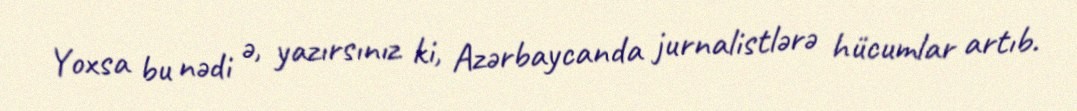
Yoxsa bu nədi ə, yazırsınız ki, Azərbaycanda jurnalistlərə hücumlar artıb.